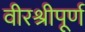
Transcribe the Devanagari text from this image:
वीरश्रीपूर्ण